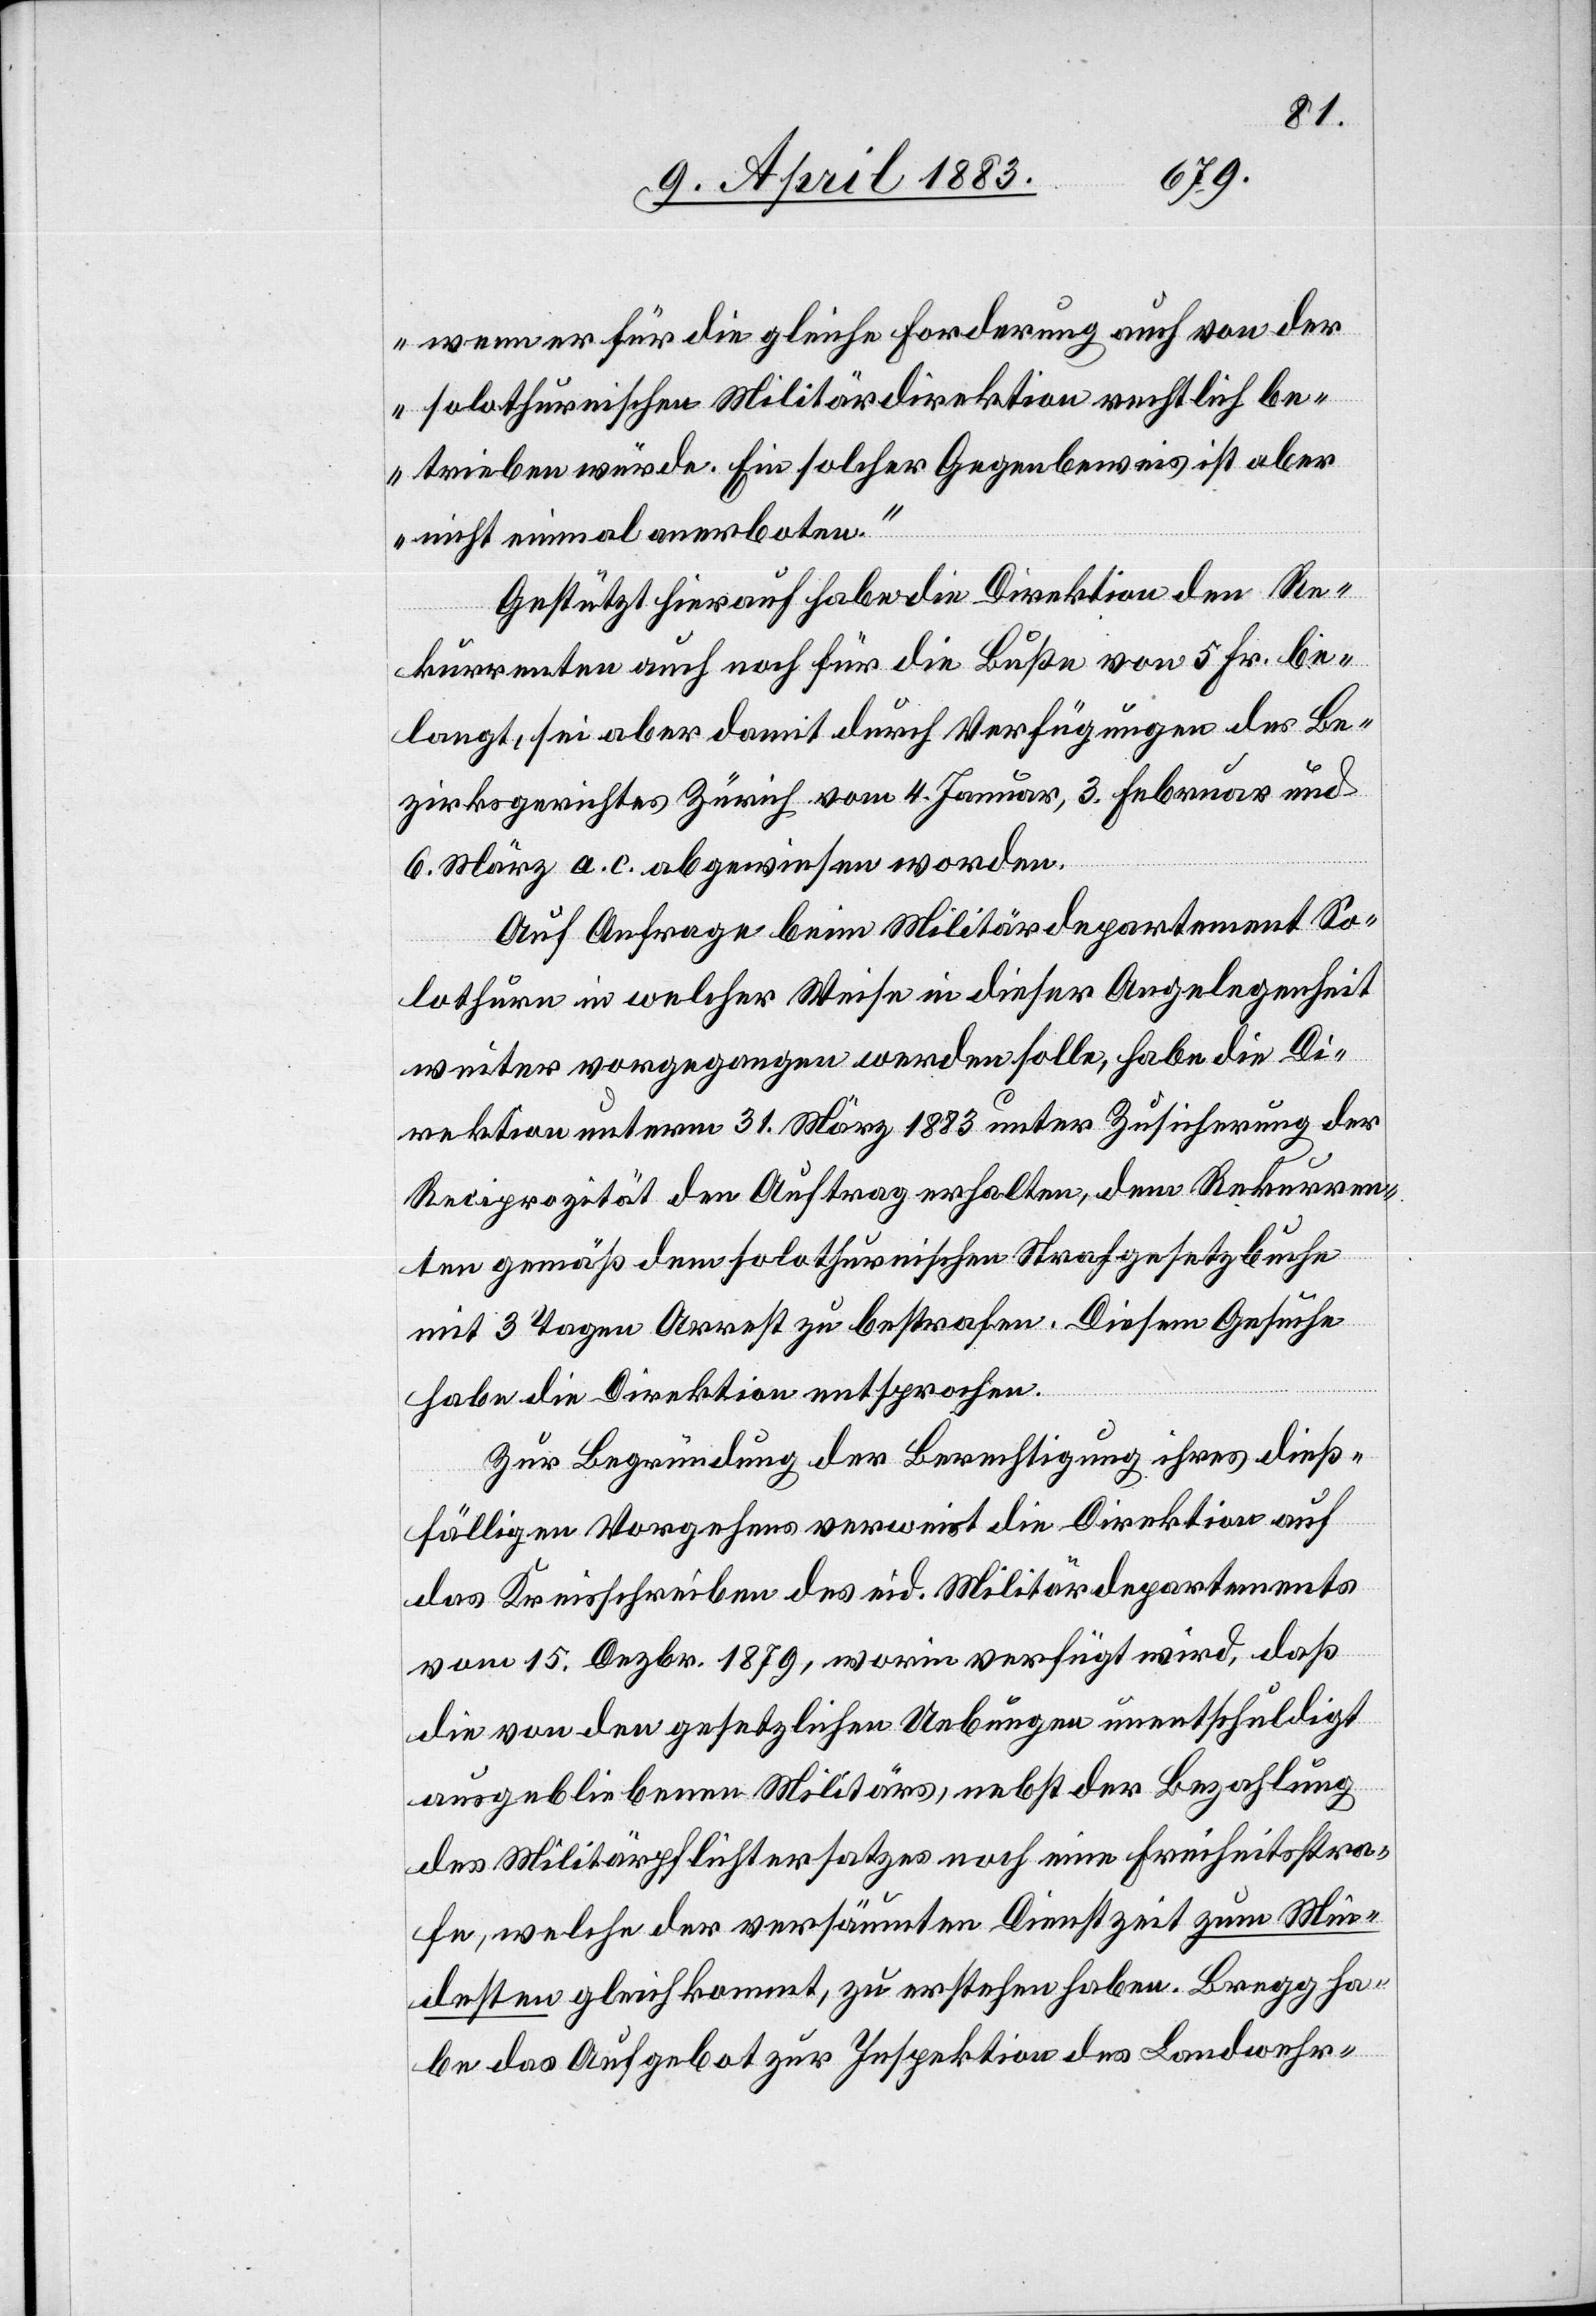
wenn er für die gleiche Forderung auch von der
solothurnischen Militärdirektion rechtlich be¬
trieben würde. Ein solcher Gegenbeweis ist aber
nicht einmal anerboten.“
Gestützt hierauf habe die Direktion den Re¬
kurrenten auch noch für die Buße von 5 Fr. be¬
langt, sei aber damit durch Verfügungen des Be¬
zirksgerichtes Zürich vom 4. Januar, 3. Februar und
6. März a. c. abgewiesen worden.
Auf Anfrage beim Militärdepartement So¬
lothurn in welcher Weise in dieser Angelegenheit
weiter vorgegangen werden solle, habe die Di¬
rektion unterm 31. März 1883 unter Zusicherung der
Reciprozität den Auftrag erhalten, dem Rekurren¬
ten gemäß dem solothurnischen Strafgesetzbuche
mit 3 Tagen Arrest zu bestrafen. Diesem Gesuche
habe die Direktion entsprochen.
Zur Begründung der Berechtigung ihres dieß¬
fälligen Vorgehens verweist die Direktion auf
das Kreisschreiben des eid. Militärdepartements
vom 15. Dezbr. 1879, worin verfügt wird, daß
die von den gesetzlichen Uebungen unentschuldigt
ausgebliebenen Militärs, nebst der Bezahlung
des Militärpflichtersatzes noch eine Freiheitsstra¬
fe, welche der versäumten Dienstzeit zum Min¬
desten gleichkommt, zu erstehen habe. Bregg ha¬
be das Aufgebot zur Inspektion des Landwehr-